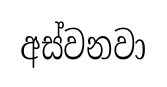
අස්වනවා